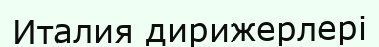
Италия дирижерлері